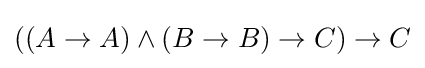
((A\to A)\land (B\to B)\to C)\to C